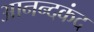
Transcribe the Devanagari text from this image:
आनन्‍दकंद